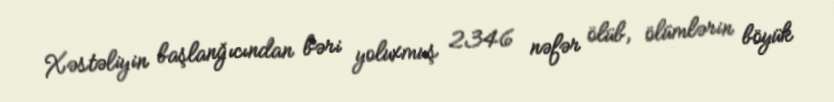
Xəstəliyin başlanğıcından bəri yoluxmuş 2346 nəfər ölüb, ölümlərin böyük